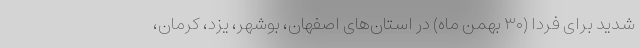
شدید برای فردا (۳۰ بهمن ماه) در استان‌های اصفهان، بوشهر، یزد، کرمان،